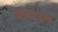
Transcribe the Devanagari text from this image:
वत्सरफलं